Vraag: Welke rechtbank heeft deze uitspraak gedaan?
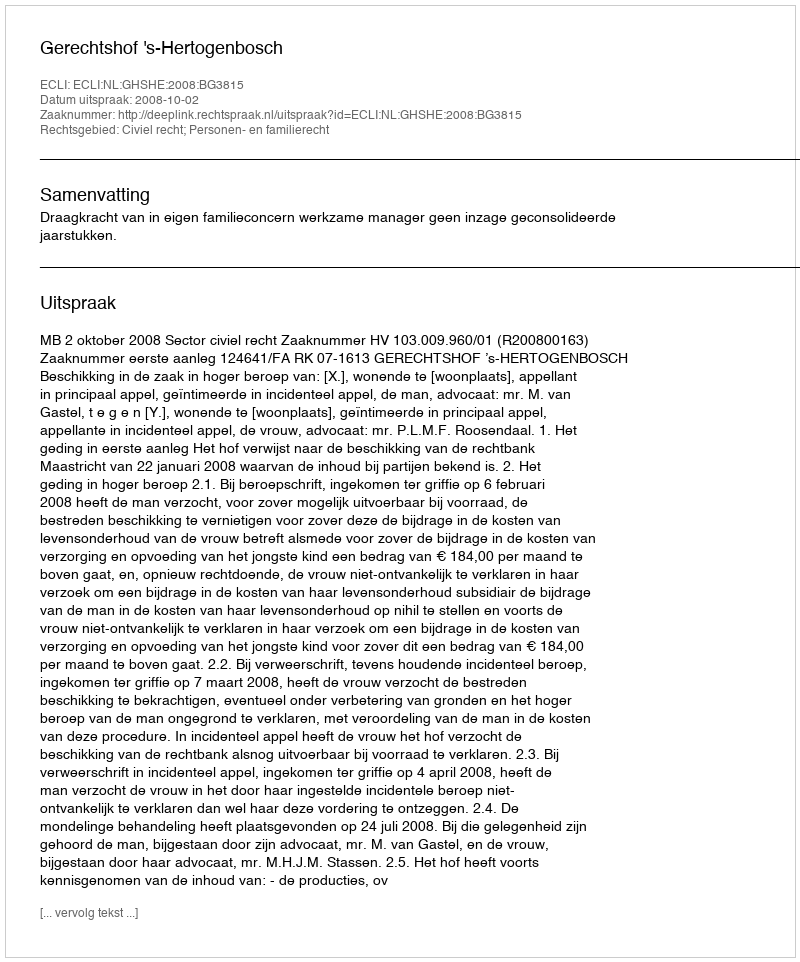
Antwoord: Gerechtshof 's-Hertogenbosch